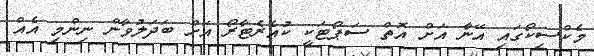
މެކްސިކޯގައި އޭނާ އަށް އޮތް ސަޕޯޓަކީ ކުއެރެޓާރޯ އަށް ބަދަލުވާން ނިންމި އެއް